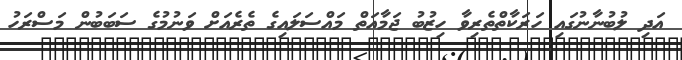
އަދި ލުބުނާނުގައި ހަރަކާތްތެރިވާ ހިޒުބު ޖަމާއަތް މައްސަލައިގެ ތެރެއަށް ވަނުމުގެ ސަބަބުން މަސްރަހު